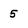
Character: 5